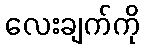
လေးချက်ကို